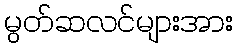
မွတ်ဆလင်များအား